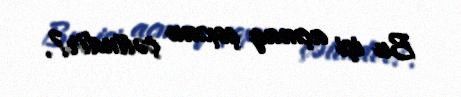
Bu işi açmaq çoxmu çətindir?.